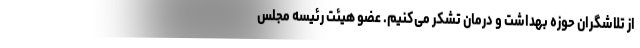
از تلاشگران حوزه بهداشت و درمان تشکر می‌کنیم. عضو هیئت رئیسه مجلس